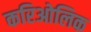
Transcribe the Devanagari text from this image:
करिओलिक